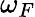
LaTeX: \omega_{F}